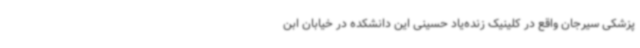
پزشکی سیرجان واقع در کلینیک زنده‌یاد حسینی این دانشکده در خیابان ابن